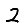
Digit: 2